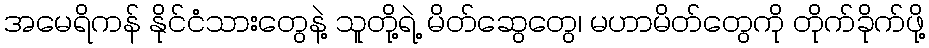
အမေရိကန် နိုင်ငံသားတွေနဲ့ သူတို့ရဲ့ မိတ်ဆွေတွေ၊ မဟာမိတ်တွေကို တိုက်ခိုက်ဖို့